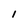
Character: l